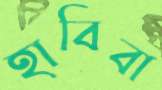
হাবিবা